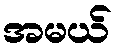
အမယ်